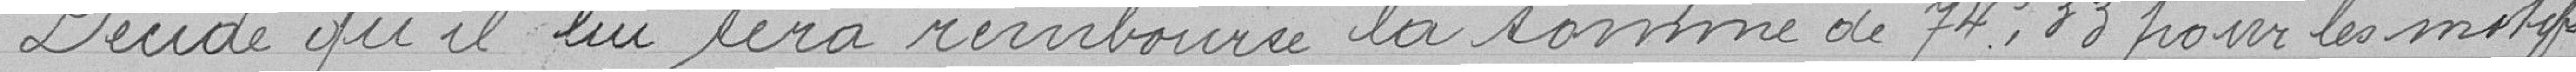
Décide qu'il lui sera remboursé la somme de 74,83 francs pour les motifs